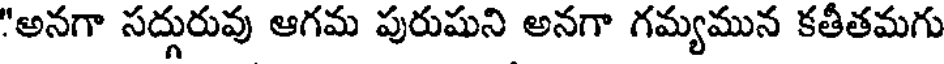
"అనగా సద్గురువు ఆగమ పురుషుని అనగా గమ్యమున కతీతమగు